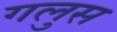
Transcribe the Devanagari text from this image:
गलुस